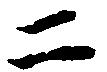
二